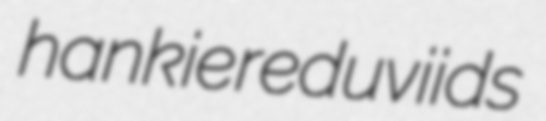
hankie reduviids